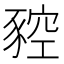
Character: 𧱡